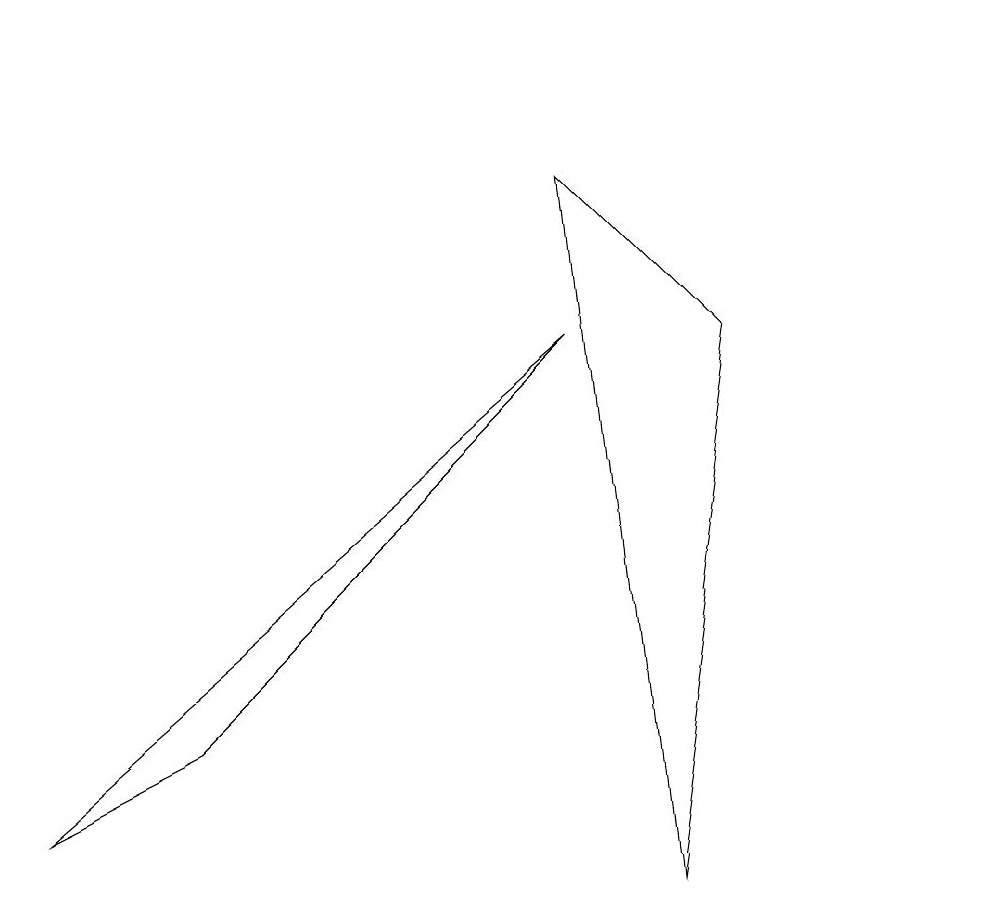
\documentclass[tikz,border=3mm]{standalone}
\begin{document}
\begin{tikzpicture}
\draw (0,1) -- (7,7) -- (2,2) -- cycle;
\draw (12,11) circle (0);
\draw (7,9) -- (9,7) -- (8,0) -- cycle;
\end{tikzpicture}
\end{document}